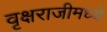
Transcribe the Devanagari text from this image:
वृक्षराजीमध्ये